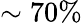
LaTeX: \sim 70\%